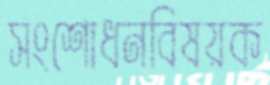
সংশোধনবিষয়ক